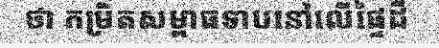
ថា កម្រិតសម្ពាធទាបនៅលើផ្ទៃដី